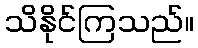
သိနိုင်ကြသည်။